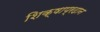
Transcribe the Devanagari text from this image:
शिक्षाप्रदान